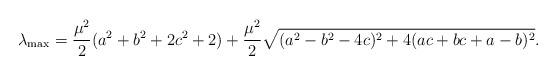
LaTeX: \begin{align*}\lambda_{\max}=\frac{\mu^{2}}{2}(a^{2}+b^{2}+2c^{2}+2)+\frac{\mu^{2}}{2}\sqrt{(a^{2}-b^{2}-4c)^{2}+4(ac+bc+a-b)^{2}}.\end{align*}